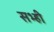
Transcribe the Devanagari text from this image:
सभ्ही